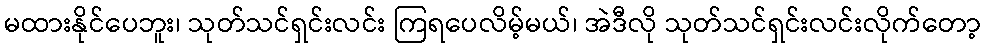
မထားနိုင်ပေဘူး၊ သုတ်သင်ရှင်းလင်း ကြရပေလိမ့်မယ်၊ အဲဒီလို သုတ်သင်ရှင်းလင်းလိုက်တော့